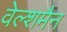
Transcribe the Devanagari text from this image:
वेल्शमैन